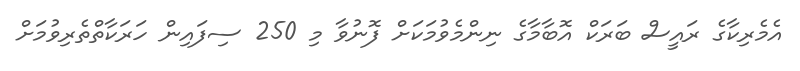
އެމެރިކާގެ ރައީސް ބަރަކް އޮބާމާގެ ނިންމެވުމަކަށް ފޮނުވާ މި 250 ސިފައިން ހަރަކާތްތެރިވުމަށް